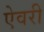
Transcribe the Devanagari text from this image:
ऐवरी